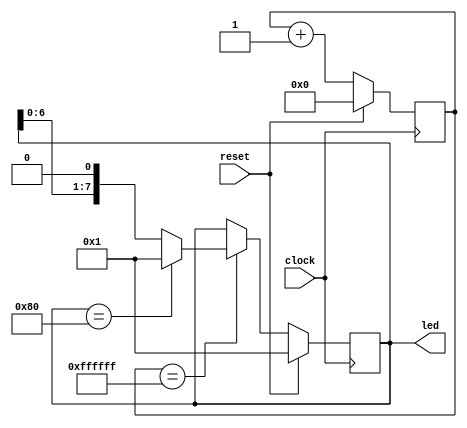
`timescale 1ns / 1ps
//////////////////////////////////////////////////////////////////////////////////
// Company: 
// Engineer: 
// 
// Design Name: 
// Module Name: flowing_light
// Project Name: 
// Target Devices: 
// Tool Versions: 
// Description: 
// 
// Dependencies: 
// 
// Revision:
// Revision 0.01 - File Created
// Additional Comments:
// 
//////////////////////////////////////////////////////////////////////////////////
module flowing_light(
    input clock,
    input reset,
    output [7:0] led
    );
    reg [23:0] cnt_reg;
    reg [7:0] light_reg;
    always @ (posedge clock)
        begin
            if (reset)
                cnt_reg<=0;
            else 
                cnt_reg<=cnt_reg+1;
        end
     always @ (posedge clock)
        begin
            if (reset)
                light_reg<=8'h01;
            else if (cnt_reg ==24'hffffff)
                begin
                    if (light_reg == 8'h80)
                        light_reg <= 8'h01;
                    else 
                        light_reg <= light_reg << 1;
                end
        end
    assign led = light_reg;
endmodule